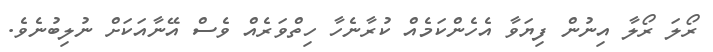
ރޯލަ ރޯލާ އިނުން ފިޔަވާ އެހެންކަމެއް ކުރާނެހާ ހިތްވަރެއް ވެސް އޭނާއަކަށް ނުލިބުނެވެ.